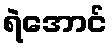
ရဲအောင်